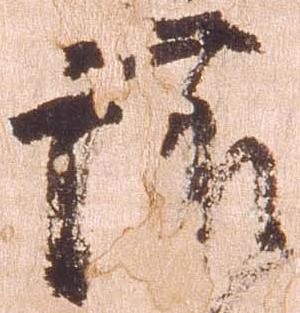
護